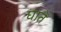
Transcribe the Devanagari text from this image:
घातें